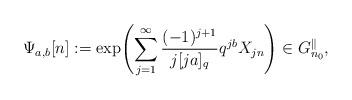
LaTeX: \begin{align*}\Psi_{a,b}[n]:=\exp\Biggl( \sum_{j=1}^{\infty} \frac{(-1)^{j+1}}{j [ja]_q} q^{jb}X_{jn}\Biggr) \in G_{n_0}^{\parallel},\end{align*}